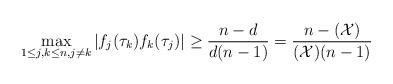
LaTeX: \begin{align*} \max _{1\leq j,k \leq n, j\neq k}|f_j(\tau_k)f_k(\tau_j)|\geq \frac{n-d}{d(n-1)}=\frac{n-(\mathcal{X})}{(\mathcal{X})(n-1)} \end{align*}